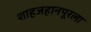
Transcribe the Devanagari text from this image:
शाहजहानपूरला